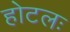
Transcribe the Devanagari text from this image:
होटलः